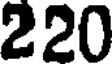
220